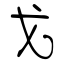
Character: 戈